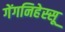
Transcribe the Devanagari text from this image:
गेंगनिहेस्सू